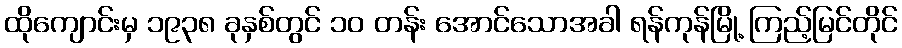
ထိုကျောင်းမှ ၁၉၃၈ ခုနှစ်တွင် ၁၀ တန်း အောင်သောအခါ ရန်ကုန်မြို့ ကြည့်မြင်တိုင်